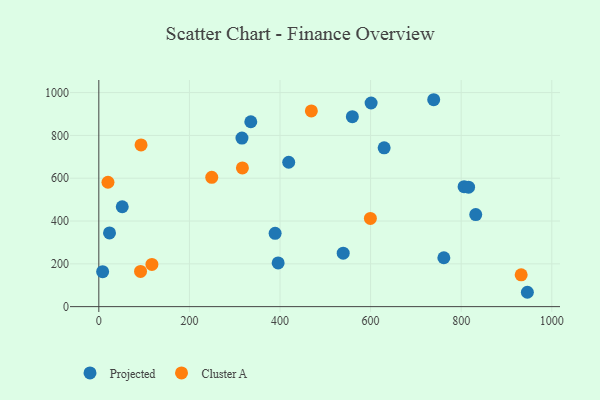
{"axis": {"x": "Speed", "y": "Exam Score"}, "legend": ["Cluster A", "Projected"], "data": [{"x": "51.7", "y": 466.7, "type": "Projected"}, {"x": "739.3", "y": 966.7, "type": "Projected"}, {"x": "419.2", "y": 674.5, "type": "Projected"}, {"x": "629.9", "y": 742.2, "type": "Projected"}, {"x": "389.2", "y": 342.3, "type": "Projected"}, {"x": "559.7", "y": 887.5, "type": "Projected"}, {"x": "761.7", "y": 228.5, "type": "Projected"}, {"x": "832.1", "y": 430.2, "type": "Projected"}, {"x": "539.5", "y": 249.7, "type": "Projected"}, {"x": "601.1", "y": 951.3, "type": "Projected"}, {"x": "8.4", "y": 163.4, "type": "Projected"}, {"x": "395.9", "y": 204.4, "type": "Projected"}, {"x": "335.5", "y": 863.8, "type": "Projected"}, {"x": "23.6", "y": 344.6, "type": "Projected"}, {"x": "806.4", "y": 560.4, "type": "Projected"}, {"x": "316.0", "y": 787.4, "type": "Projected"}, {"x": "816.3", "y": 558.1, "type": "Projected"}, {"x": "946.1", "y": 67.1, "type": "Projected"}, {"x": "932.4", "y": 148.8, "type": "Cluster A"}, {"x": "249.3", "y": 604.1, "type": "Cluster A"}, {"x": "469.2", "y": 914.5, "type": "Cluster A"}, {"x": "599.5", "y": 412.1, "type": "Cluster A"}, {"x": "117.2", "y": 197.2, "type": "Cluster A"}, {"x": "92.1", "y": 164.3, "type": "Cluster A"}, {"x": "317.0", "y": 648.2, "type": "Cluster A"}, {"x": "20.2", "y": 581.1, "type": "Cluster A"}, {"x": "93.2", "y": 755.6, "type": "Cluster A"}]}